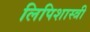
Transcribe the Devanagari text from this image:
लिपिशास्त्री